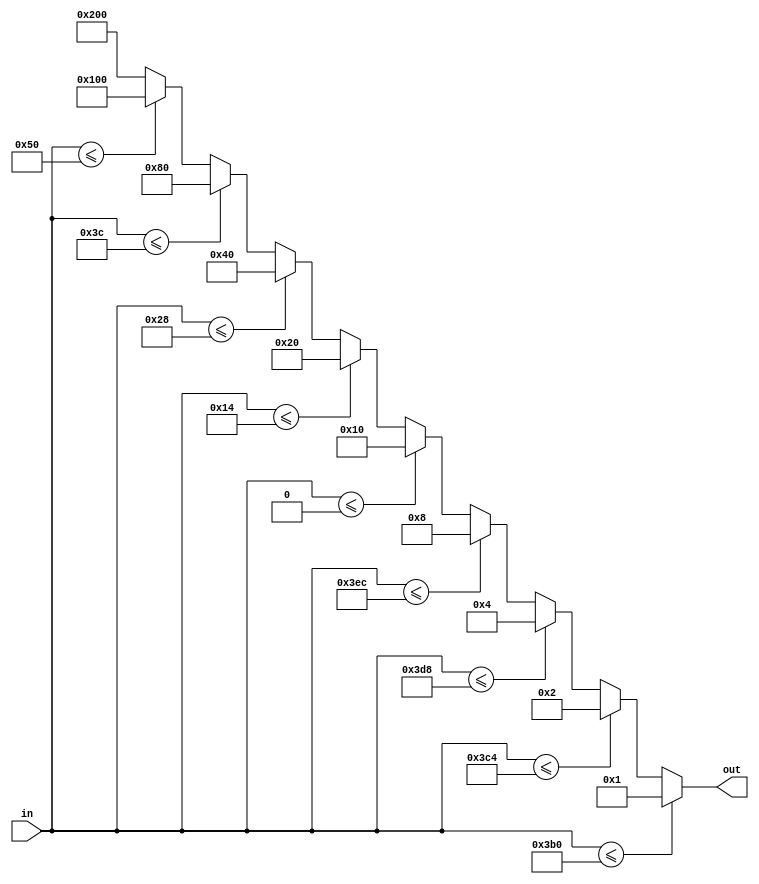
module remapper(
	input [9:0] in,
	output reg [9:0] out );
	
always @(*) begin
	if (in <= 10'b11_1011_0000) begin
		out = 10'b0000000001;
	end
	else if (in <= 10'b11_1100_0100) begin 
		out = 10'b0000000010;
	end
	else if (in <= 10'b11_11011000) begin
		out = 10'b0000000100;
	end
	else if (in <= 10'b11_11101100) begin
		out = 10'b0000001000;
	end
	else if (in <= 10'b00_0000_0000) begin
		out = 10'b0000010000;
	end
	else if (in <= 10'd0020) begin
		out = 10'b0000100000;
	end
	else if (in <= 10'd0040) begin
		out = 10'b0001000000;
	end
	else if (in <= 10'd0060) begin
		out = 10'b0010000000;
	end
	else if (in <= 10'd0080) begin
		out = 10'b0100000000;
	end
	else begin
		out = 10'b1000000000;
	end
end 

endmodule